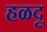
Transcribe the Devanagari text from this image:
हळदू